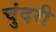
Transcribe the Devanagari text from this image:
चुंदरी